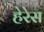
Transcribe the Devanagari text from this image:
हेरेस